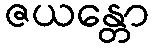
ဇယန္တော